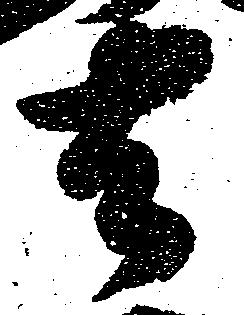
去